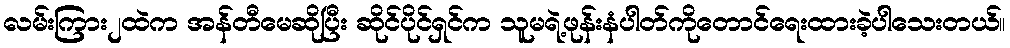
လမ်းကြား၂ထဲက အန်တီမေဆိုပြီး ဆိုင်ပိုင်ရှင်က သူမရဲ့ဖုန်းနံပါတ်ကိုတောင်ရေးထားခဲ့ပါသေးတယ်။